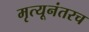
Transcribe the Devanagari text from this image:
मृत्यूनंतरच